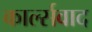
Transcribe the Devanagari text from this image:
कार्ल्सवाद